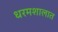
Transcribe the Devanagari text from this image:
धरमशालात